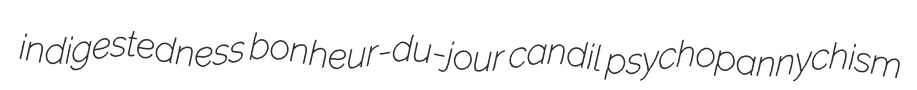
indigestedness bonheur-du-jour candil psychopannychism